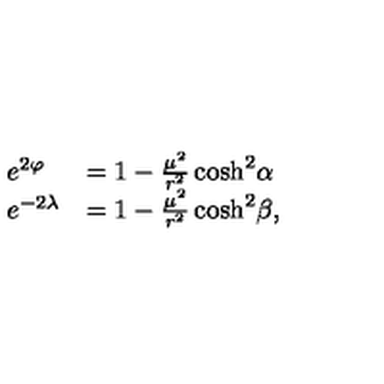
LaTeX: \begin{array} { l l } { e ^ { 2 \varphi } } & { = 1 - \frac { \mu ^ { 2 } } { r ^ { 2 } } \cosh ^ { 2 } \! \alpha } \\ { e ^ { - 2 \lambda } } & { = 1 - \frac { \mu ^ { 2 } } { r ^ { 2 } } \cosh ^ { 2 } \! \beta , } \\ \end{array}